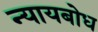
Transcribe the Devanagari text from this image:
न्यायबोध